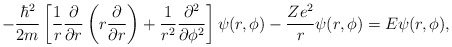
\begin{align*}-\frac{\hbar^2}{2m}\left[\frac{1}{r}\frac{\partial}{\partial r} \left(r\frac{\partial}{\partial r}\right) + \frac{1}{r^2}\frac{\partial^2}{\partial \phi^2}\right]\psi(r,\phi)-\frac{Ze^2}{r}\psi(r,\phi) = E\psi(r,\phi),\end{align*}